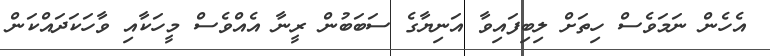
އެހެން ނަމަވެސް ހިތަށް ލިބިފައިވާ އަނިޔާގެ ސަބަބުން ރީނާ އެއްވެސް މީހަކާއި ވާހަކަދައްކަން